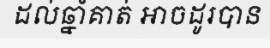
ដល់ឆ្នាំគាត់ អាចដូរបាន